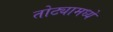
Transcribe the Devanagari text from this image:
तोट्यामध्ये